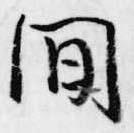
間